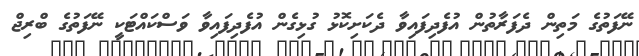
ނޭފަތުގެ މަތިން ދެފަރާތުން އުފެދިފައިވާ ދެކަށިކޮޅު ގުޅިގެން އުފެދިފައިވާ ވަސްކައްޓަކީ ނޭފަތުގެ ބްރިޖް